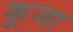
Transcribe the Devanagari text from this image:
कूजा